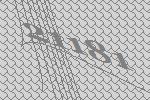
21181